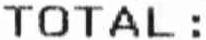
TOTAL :